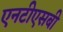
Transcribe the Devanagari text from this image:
एनटीएसबी